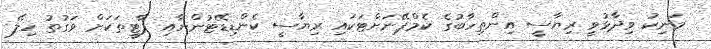
މަނިކު ވިދާޅުވީ ރިޔާސީ އިންތިހާބުގެ ކެމްޕޭނަށްޓަކައި ރިޔާސީ ކެންޑިޑޭޓުންނާއި ޕާޓީތަކަށް ވަގުތު ހިލޭ